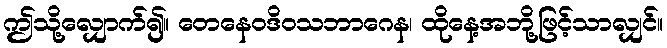
ဤသို့လျှောက်၍။ တေနေဝဒိဝသဘာဂေန၊ ထိုနေ့အဘို့ဖြင့်သာလျှင်။